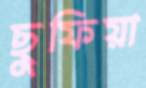
ছুফিয়া